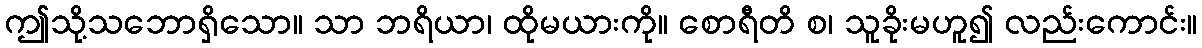
ဤသို့သဘောရှိသော။ သာ ဘရိယာ၊ ထိုမယားကို။ စောရီတိ စ၊ သူခိုးမဟူ၍ လည်းကောင်း။